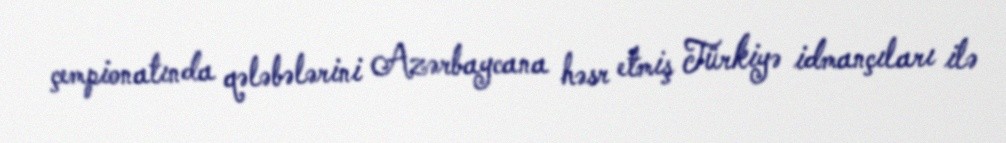
çempionatında qələbələrini Azərbaycana həsr etmiş Türkiyə idmançıları ilə